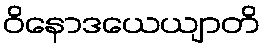
ဝိနောဒယေယျာတိ